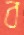
ব